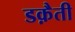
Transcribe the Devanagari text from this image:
डक़ैती